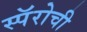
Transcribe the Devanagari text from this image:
स्पॅरोची